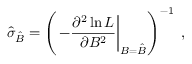
\hat { \sigma } _ { \hat { { \cal B } } } = \left( \left. - \frac { \partial ^ { 2 } \ln L } { \partial { \cal B } ^ { 2 } } \right| _ { { \cal B } = \hat { { \cal B } } } \right) ^ { - 1 } \; ,